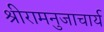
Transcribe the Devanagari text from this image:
श्रीरामनुजाचार्य